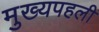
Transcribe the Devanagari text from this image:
मुख्यपहली